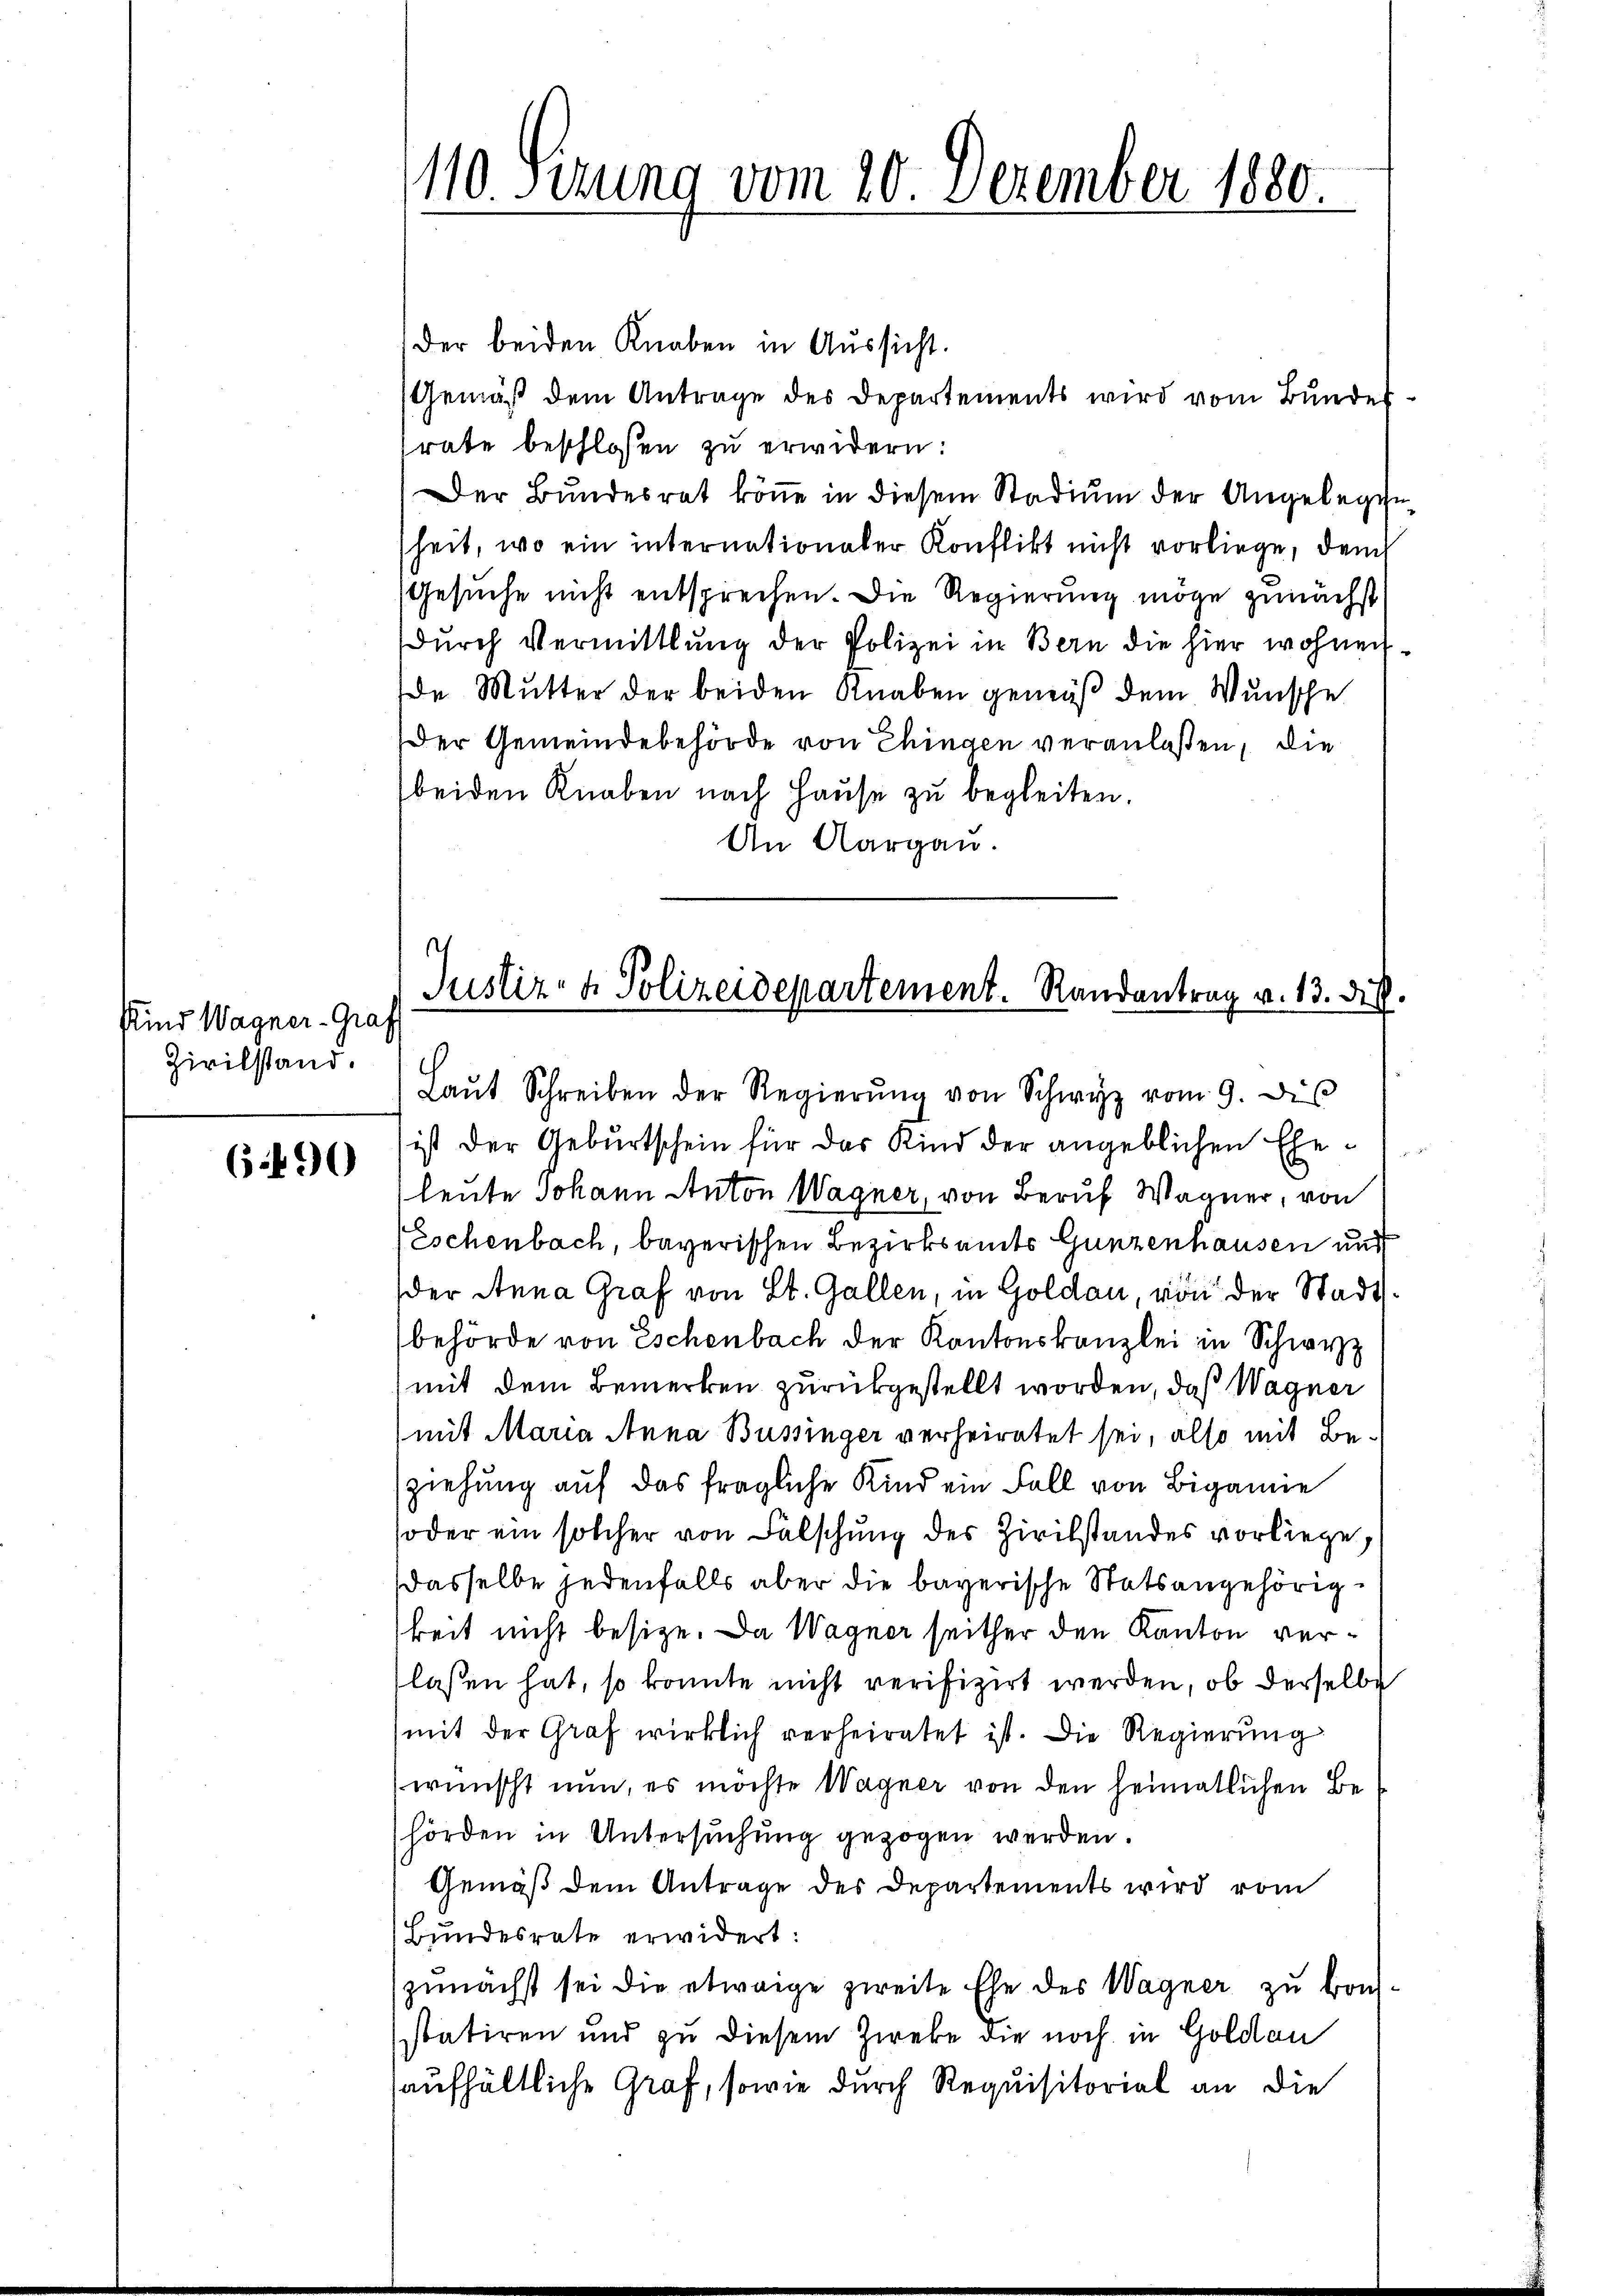
Kind Wagner-Graf
Zivilstand.

6490

der beiden Knaben in Aussicht.
Gemäß dem Antrage des Departements wird vom Bundes
rate beschlossen zu erwidern:
Der Bundesrat könne in diesem Stadium der Angelegenheit, wo ein internationaler Konflikt nicht vorliege, den
Gesuche nicht entsprechen. Die Regierung möge zunächst
durch Vermittlung der Polizei in Bern die hier wohnen
de Mutter der beiden Knaben gemäß dem Wunsche
Der Gemeindebehörde von Chingen veranlaßen, die
beiden Knaben nach Hause zu begleiten.
An Aargau.

Laŭt Schreiben der Regierŭng von Schwyz vom 9. Dis
ist der Geburtschein für das Kind der angeblichen Eheleute Johann Anton Wagner, von Beruf Wagner, von
Eschenbach, bayerischen Bezirksamts Ganzenhausen und
er Anna Graf von St. Gallen, in Goldau, von der Stadtbehörde von Eschenbach der Kantonskanzlei in Schwyz
mit dem Bemerken zurückgestellt worden, daß Wagner
(mit Maria Anna Büssinger verheiratet sei, also mit Beziehung auf das fragliche Kind ein Fall von Bigamie
soder ein solcher von Falschung des Zivilstandes vorliege.
dasselbe jedenfalls aber die bayerische Statsangehörigkeit nicht besitze. Da Wagner seither den Kanton verlassen hat, so konnte nicht verifizirt werden, ob derselbe
mit der Graf wirklich verheiratet ist. Die Regierung
wünscht nun, es möchte Wagner von den heimatlichen Behörden in Untersuchung gezogen werden.
Gemäß dem Antrage des Departements wird vom
Bundesrate erwidert:
zunächst sei die etwaige zweite Ehe des Wagner zu kon-
statiren und zu diesem Zweke die noch in Goldau
aufhältliche Graf, sowie durch Requisitorial an die

110 Sizung vom 20. Dezember 1880.

Justiz- & Polizeidepartement. Randantrag v. 13. di